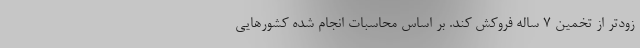
زودتر از تخمین 7 ساله فروکش کند. بر اساس محاسبات انجام شده کشورهایی